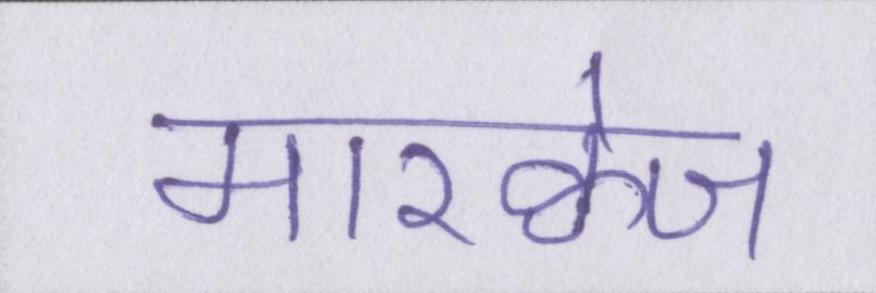
मारक्वेज